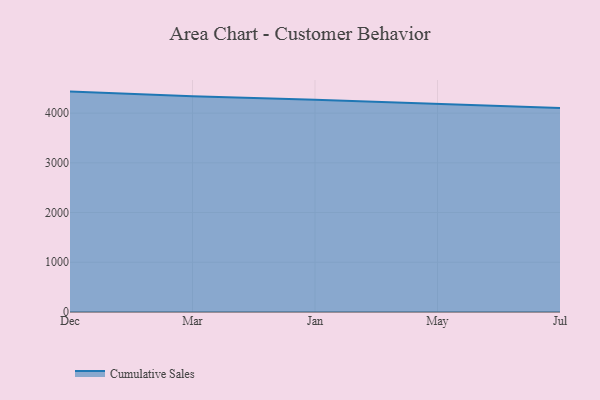
{"axis": {"x": "Month", "y": "Inventory Turnover"}, "legend": ["Cumulative Sales"], "data": [{"x": "Dec", "y": 4432.7, "type": "Cumulative Sales"}, {"x": "Mar", "y": 4337.5, "type": "Cumulative Sales"}, {"x": "Jan", "y": 4270.8, "type": "Cumulative Sales"}, {"x": "May", "y": 4194.7, "type": "Cumulative Sales"}, {"x": "Jul", "y": 4104.7, "type": "Cumulative Sales"}]}